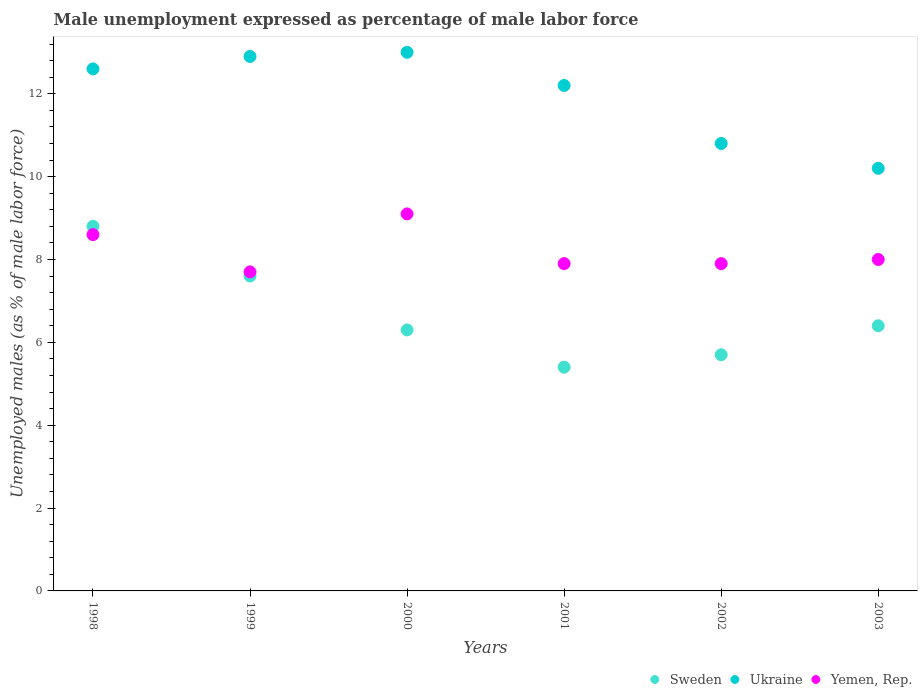
| Years | Sweden | Ukraine | Yemen, Rep. |
 | --- | --- | --- | --- |
 | 1998 | 8.8 | 12.6 | 8.6 |
 | 1999 | 7.6 | 12.9 | 7.7 |
 | 2000 | 6.3 | 13 | 9.1 |
 | 2001 | 5.4 | 12.2 | 7.9 |
 | 2002 | 5.7 | 10.8 | 7.9 |
 | 2003 | 6.4 | 10.2 | 8 |